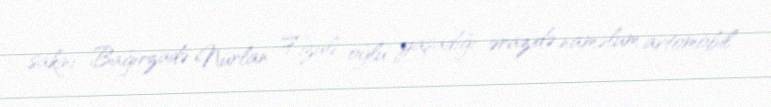
sakini Bağırzadə Nurlan Fizuli oğlu yaşadığı ərazidə naməlum avtomobil